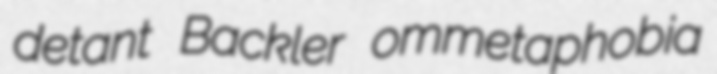
detant Backler ommetaphobia